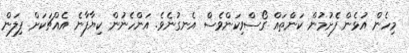
މިހެން އުޅެން ފެށުމުން ކަންތައް ގޯސްވިކަންވެސް އެނގުނެވެ. އަންހެނުން ކިޔާފާނެ އެއްޗަކަށް ފިލަން